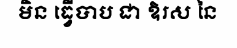
មិន ធ្វើបាប ជា ឱរស នៃ